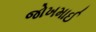
જોખમાઈ